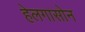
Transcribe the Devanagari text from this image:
हेलगासोन